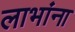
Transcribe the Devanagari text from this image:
लाभांना